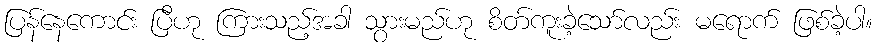
ပြန်နေကောင်း ပြီဟု ကြားသည့်အခါ သွားမည်ဟု စိတ်ကူးခဲ့သော်လည်း မရောက် ဖြစ်ခဲ့ပါ။